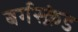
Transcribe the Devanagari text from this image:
बर्गस्क्रंड